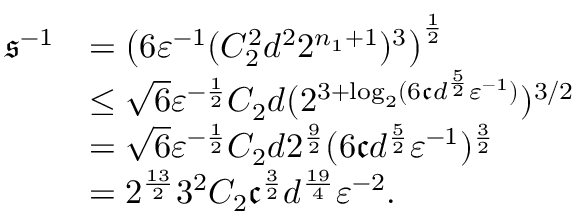
\begin{array} { r l } { \mathfrak { s } ^ { - 1 } } & { = \left( 6 { \varepsilon } ^ { - 1 } ( C _ { 2 } ^ { 2 } d ^ { 2 } 2 ^ { n _ { 1 } + 1 } ) ^ { 3 } \right) ^ { \frac { 1 } { 2 } } } \\ & { \leq \sqrt { 6 } { \varepsilon } ^ { - \frac { 1 } { 2 } } C _ { 2 } d ( 2 ^ { 3 + \log _ { 2 } ( 6 \mathfrak { c } d ^ { \frac { 5 } { 2 } } { \varepsilon } ^ { - 1 } ) } ) ^ { 3 / 2 } } \\ & { = \sqrt { 6 } { \varepsilon } ^ { - \frac { 1 } { 2 } } C _ { 2 } d 2 ^ { \frac { 9 } { 2 } } ( 6 \mathfrak { c } d ^ { \frac { 5 } { 2 } } { \varepsilon } ^ { - 1 } ) ^ { \frac { 3 } { 2 } } } \\ & { = 2 ^ { \frac { 1 3 } { 2 } } 3 ^ { 2 } C _ { 2 } \mathfrak { c } ^ { \frac { 3 } { 2 } } d ^ { \frac { 1 9 } { 4 } } { \varepsilon } ^ { - 2 } . } \end{array}